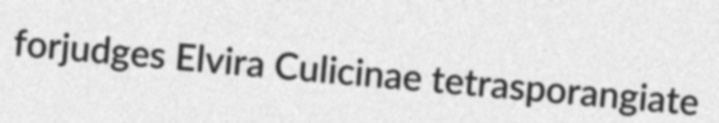
forjudges Elvira Culicinae tetrasporangiate